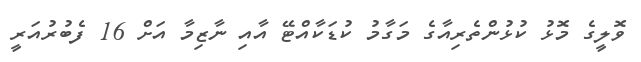
ވޮލީގެ މޮޅު ކުޅުންތެރިއާގެ މަގާމު ކުޑަކާއްޓޭ އާއި ނާޒިމާ އަށް 16 ފެބުރުއަރީ